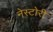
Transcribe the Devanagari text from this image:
नेस्टोरी